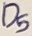
Text: D5